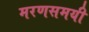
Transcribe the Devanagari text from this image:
मरणसमयी